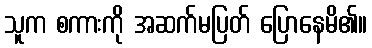
သူက စကားကို အဆက်မပြတ် ပြောနေမိ၏။